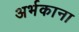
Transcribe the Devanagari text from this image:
अर्भकाना